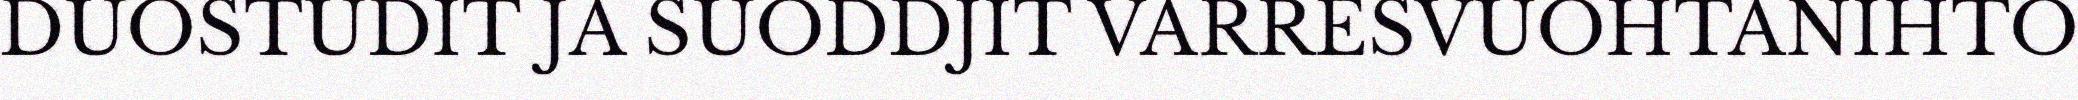
DUOSTUDIT JA SUODDJIT VARRESVUOHTANIHTO